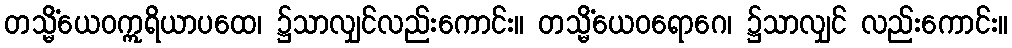
တသ္မိံယေဝဣရိယာပထေ၊ ၌သာလျှင်လည်းကောင်း။ တသ္မိံယေဝရောဂေ၊ ၌သာလျှင် လည်းကောင်း။